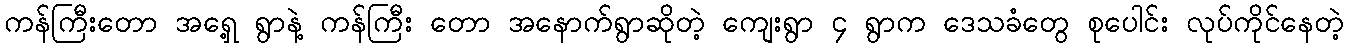
ကန်ကြီးတော အရှေ့ ရွာနဲ့ ကန်ကြီး တော အနောက်ရွာဆိုတဲ့ ကျေးရွာ ၄ ရွာက ဒေသခံတွေ စုပေါင်း လုပ်ကိုင်နေတဲ့